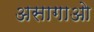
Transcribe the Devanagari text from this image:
असागाओ